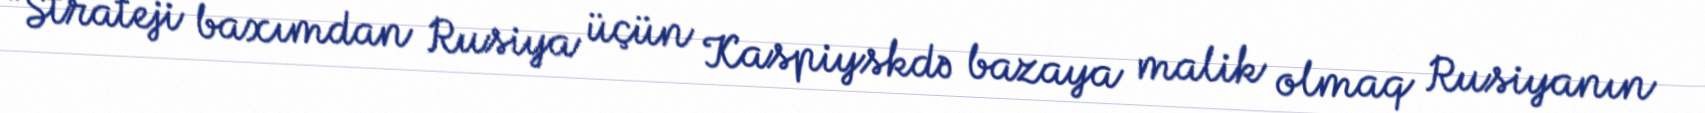
“Strateji baxımdan Rusiya üçün Kaspiyskdə bazaya malik olmaq Rusiyanın